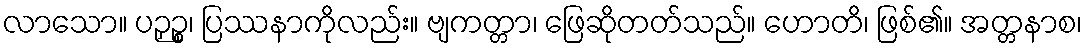
လာသော။ ပဉှဉ္စ၊ ပြဿနာကိုလည်း။ ဗျကတ္တာ၊ ဖြေဆိုတတ်သည်။ ဟောတိ၊ ဖြစ်၏။ အတ္တနာစ၊